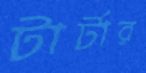
টার্টার